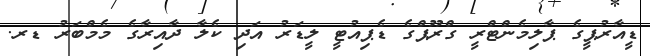
ޑީއާރުޕީގެ ޕާލިމެންޓްރީ ގްރޫޕްގެ ޑެޕިއުޓީ ލީޑަރު އަދި ކެލާ ދާއިރާގެ މެމްބަރު ޑރ.